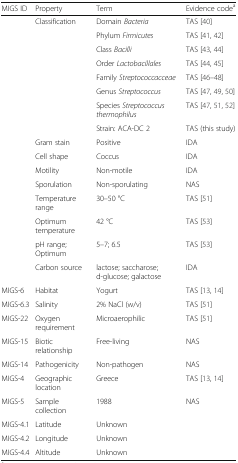
<table><thead><tr><td><b>MIGS ID</b></td><td><b>Property</b></td><td><b>Term</b></td><td><b>Evidence code<sup>a</sup></b></td></tr></thead><tbody><tr><td></td><td>Classification</td><td>Domain <i>Bacteria</i></td><td>TAS [40]</td></tr><tr><td></td><td></td><td>Phylum <i>Firmicutes</i></td><td>TAS [41, 42]</td></tr><tr><td></td><td></td><td>Class <i>Bacilli</i></td><td>TAS [43, 44]</td></tr><tr><td></td><td></td><td>Order <i>Lactobacillales</i></td><td>TAS [44, 45]</td></tr><tr><td></td><td></td><td>Family <i>Streptococcacceae</i></td><td>TAS [46–48]</td></tr><tr><td></td><td></td><td>Genus <i>Streptococcus</i></td><td>TAS [47, 49, 50]</td></tr><tr><td></td><td></td><td>Species <i>Streptococcus thermophilus</i></td><td>TAS [47, 51, 52]</td></tr><tr><td></td><td></td><td>Strain: ACA-DC 2</td><td>TAS (this study)</td></tr><tr><td></td><td>Gram stain</td><td>Positive</td><td>IDA</td></tr><tr><td></td><td>Cell shape</td><td>Coccus</td><td>IDA</td></tr><tr><td></td><td>Motility</td><td>Non-motile</td><td>IDA</td></tr><tr><td></td><td>Sporulation</td><td>Non-sporulating</td><td>NAS</td></tr><tr><td></td><td>Temperature range</td><td>30–50 °C</td><td>TAS [51]</td></tr><tr><td></td><td>Optimum temperature</td><td>42 °C</td><td>TAS [53]</td></tr><tr><td></td><td>pH range; Optimum</td><td>5–7; 6.5</td><td>TAS [53]</td></tr><tr><td></td><td>Carbon source</td><td>lactose; saccharose; d-glucose; galactose</td><td>IDA</td></tr><tr><td>MIGS-6</td><td>Habitat</td><td>Yogurt</td><td>TAS [13, 14]</td></tr><tr><td>MIGS-6.3</td><td>Salinity</td><td>2% NaCl (w/v)</td><td>TAS [51]</td></tr><tr><td>MIGS-22</td><td>Oxygen requirement</td><td>Microaerophilic</td><td>TAS [51]</td></tr><tr><td>MIGS-15</td><td>Biotic relationship</td><td>Free-living</td><td>NAS</td></tr><tr><td>MIGS-14</td><td>Pathogenicity</td><td>Non-pathogen</td><td>NAS</td></tr><tr><td>MIGS-4</td><td>Geographic location</td><td>Greece</td><td>TAS [13, 14]</td></tr><tr><td>MIGS-5</td><td>Sample collection</td><td>1988</td><td>NAS</td></tr><tr><td>MIGS-4.1</td><td>Latitude</td><td>Unknown</td><td></td></tr><tr><td>MIGS-4.2</td><td>Longitude</td><td>Unknown</td><td></td></tr><tr><td>MIGS-4.4</td><td>Altitude</td><td>Unknown</td><td></td></tr></tbody></table>